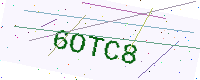
Text: 6OTC8